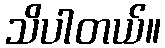
သိပါတယ်။